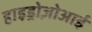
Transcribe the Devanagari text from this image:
हाइड्रोज़ोआई